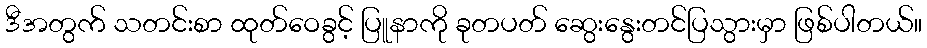
ဒီအတွက် သတင်းစာ ထုတ်ဝေခွင့် ပြူနာကို ခုတပတ် ဆွေးနွေးတင်ပြသွားမှာ ဖြစ်ပါတယ်။